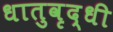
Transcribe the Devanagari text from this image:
धातुवृद्धी